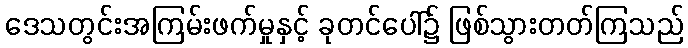
ဒေသတွင်းအကြမ်းဖက်မှုနှင့် ခုတင်ပေါ်၌ ဖြစ်သွားတတ်ကြသည်